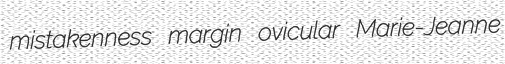
mistakenness margin ovicular Marie-Jeanne